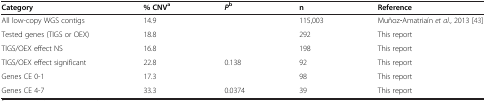
| Category | % CNVa | Pb | n | Reference |
 | --- | --- | --- | --- | --- |
 | All low-copy WGS contigs | 14.9 |  | 115,003 | Muñoz‐Amatriaín et al., 2013 [43] |
 | Tested genes (TIGS or OEX) | 18.8 |  | 292 | This report |
 | TIGS/OEX effect NS | 16.8 |  | 198 | This report |
 | TIGS/OEX effect significant | 22.8 | 0.138 | 92 | This report |
 | Genes CE 0-1 | 17.3 |  | 98 | This report |
 | Genes CE 4-7 | 33.3 | 0.0374 | 39 | This report |